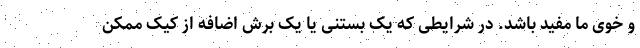
و خوی ما مفید باشد. در شرایطی که یک بستنی یا یک برش اضافه از کیک ممکن